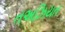
તઅઝિયત